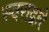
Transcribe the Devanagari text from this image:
स्वराद्वारे